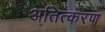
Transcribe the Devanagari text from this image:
अतित्करण